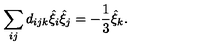
\sum _ { i j } d _ { i j k } \hat { \xi } _ { i } \hat { \xi } _ { j } = - \frac { 1 } { 3 } \hat { \xi } _ { k } .